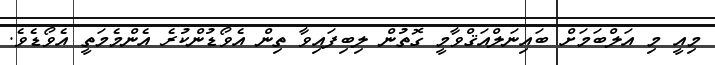
މިއީ މި އަލްބަމަށް ބައިނަލްއަޤްވާމީ ގޮތުން ލިބިފައިވާ ތިން އެވޯޑުންކުރެ އެންމެމަތީ އެވޯޑެވެ.